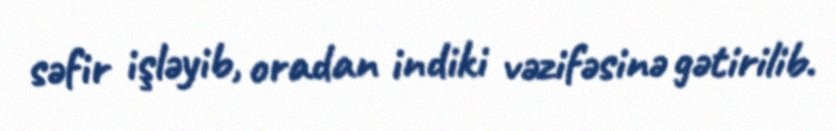
səfir işləyib, oradan indiki vəzifəsinə gətirilib.